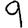
Digit: 9